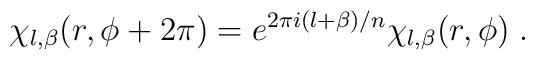
\chi_{l,\beta}(r,\phi+2\pi)=e^{2\pi i (l+\beta)/n}\chi_{l,\beta}(r,\phi)\; .